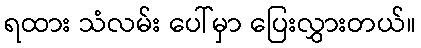
ရထား သံလမ်း ပေါ်မှာ ပြေးလွှားတယ်။